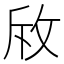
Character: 𭣨